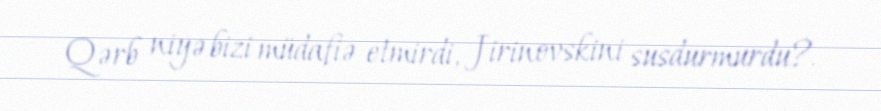
Qərb niyə bizi müdafiə etmirdi, Jirinovskini susdurmurdu?.